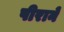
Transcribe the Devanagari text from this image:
पीराने